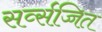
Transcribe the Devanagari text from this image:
सर्व्सज्जित